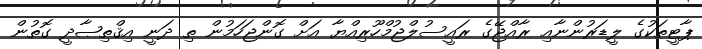
ޕާޓީތަކުގެ ލީޑަރުންނާއި ރާއްޖޭގެ ރައީސުލްޖުމްހޫރިއްޔާ އަށް ގޮންޖަހަމުން ތި ދަނީ އިޤްތިޞާދީ ގޮތުން